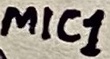
Text: MIC1